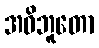
အဓိဘူတော